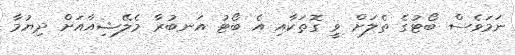
ނަމަވެސް ބޯޓުގެ ތެލަށް ވީ ގޮތަކާއި އެ ބޯޓު އަނބުރާ މެލޭޝިއާއަށް ދިޔުމާ